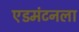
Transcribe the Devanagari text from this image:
एडमंटनला